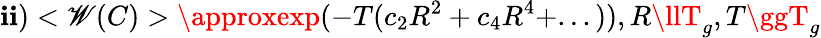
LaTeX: \mathbf{i}\mathbf{i})<\mathscr{W}(C)>\approxexp(-T(c_{2}R^{2}+c_{4}R^{4}+...)),R\llT_{g},T\ggT_{g}